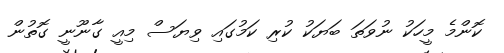
ކޮންމެ މީހަކު ނުވަތަ ބަޔަކު ކުރި ކަމުގައި ވިޔަސް މިއީ ގާނޫނީ ގޮތުން